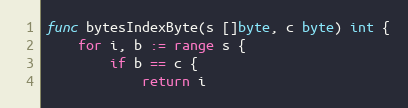
Language: Go
func bytesIndexByte(s []byte, c byte) int {
	for i, b := range s {
		if b == c {
			return i